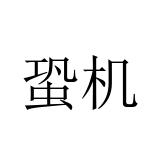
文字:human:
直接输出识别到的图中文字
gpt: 蛩机